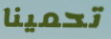
تحمينا